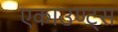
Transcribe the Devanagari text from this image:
एकाउण्ट्स